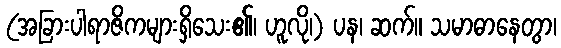
(အခြားပါရာဇိကများရှိသေး၏၊ ဟူလို၊) ပန၊ ဆက်။ သမာဓာနေတွာ၊